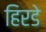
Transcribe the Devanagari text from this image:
हिरडे